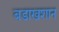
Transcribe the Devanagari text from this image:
बडाखशान